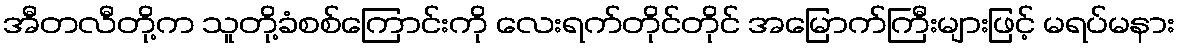
အီတလီတို့က သူတို့ခံစစ်ကြောင်းကို လေးရက်တိုင်တိုင် အမြောက်ကြီးများဖြင့် မရပ်မနား